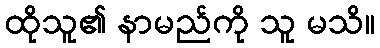
ထိုသူ၏ နာမည်ကို သူ မသိ။